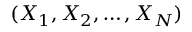
( X _ { 1 } , X _ { 2 } , \dots , X _ { N } )